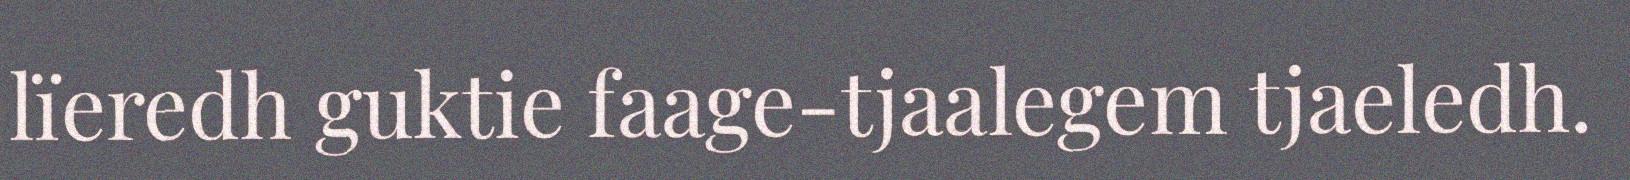
lïeredh guktie faage-tjaalegem tjaeledh.